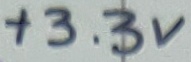
Text: +3.3V